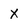
Character: x